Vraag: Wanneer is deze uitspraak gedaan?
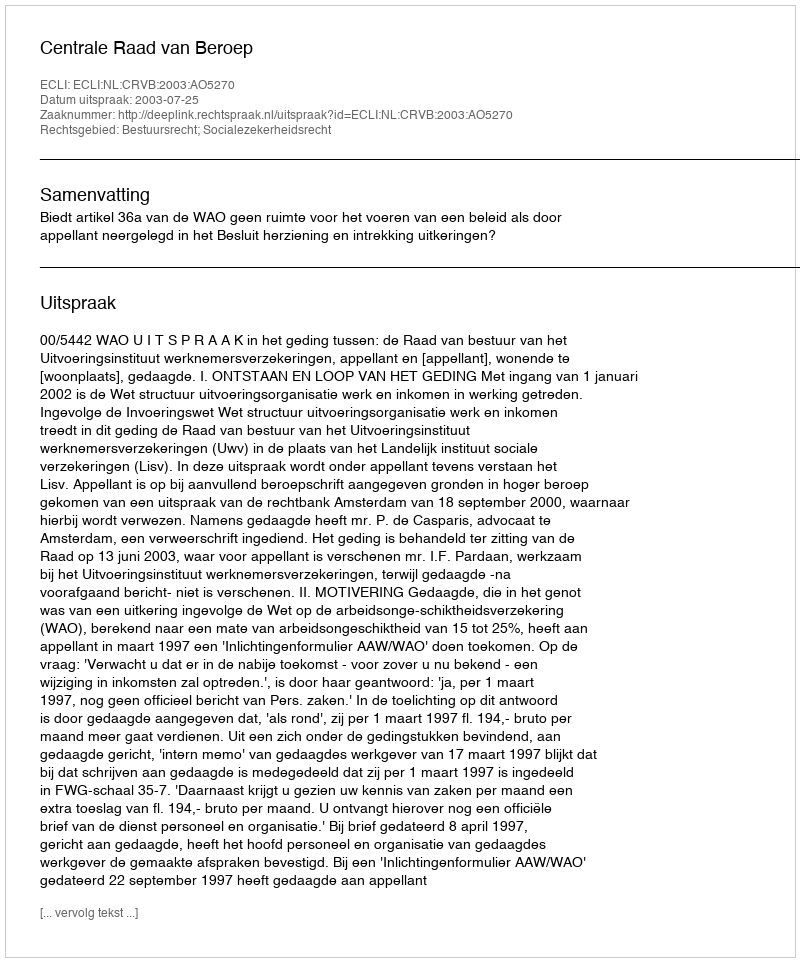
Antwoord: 2003-07-25